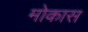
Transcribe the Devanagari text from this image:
मोकास